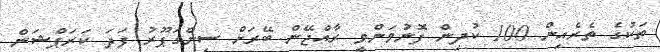
ތަކުގެ ތެރެއިން 100 ކުދިން ފޮނުވަންވީ ރާއްޖޭން ބޭރަށް ސިންގަޕޫރު ފަދަ ކަރަޕްޝަން